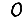
Digit: 0